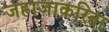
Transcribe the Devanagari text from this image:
जहाजाकरिता